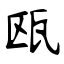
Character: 瓯